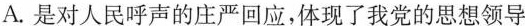
A.是对人民呼声的庄严回应，体现了我党的思想领导